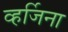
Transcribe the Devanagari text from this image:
व्हर्जिना